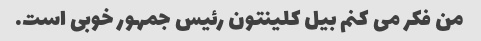
من فکر می کنم بیل کلینتون رئیس جمهور خوبی است.